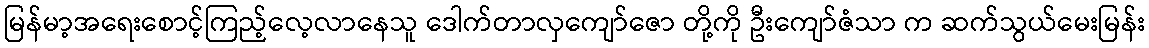
မြန်မာ့အရေးစောင့်ကြည့်လေ့လာနေသူ ဒေါက်တာလှကျော်ဇော တို့ကို ဦးကျော်ဇံသာ က ဆက်သွယ်မေးမြန်း